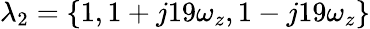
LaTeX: \lambda_{2}=\left\{ 1,1+j19\omega_{z},1-j19\omega_{z}\right\}